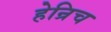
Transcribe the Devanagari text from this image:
हेन्रिच